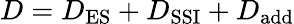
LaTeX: D=D_{\mathrm{ES}}+D_{\mathrm{SSI}}+D_{\mathrm{add}}